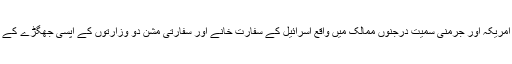
اطلاعات کے مطابق امریکہ اور جرمنی سمیت درجنوں ممالک میں واقع اسرائیل کے سفارت خانے اور سفارتی مشن دو وزارتوں کے آپسی جھگڑے کے باعث بدستور بند ہیں۔